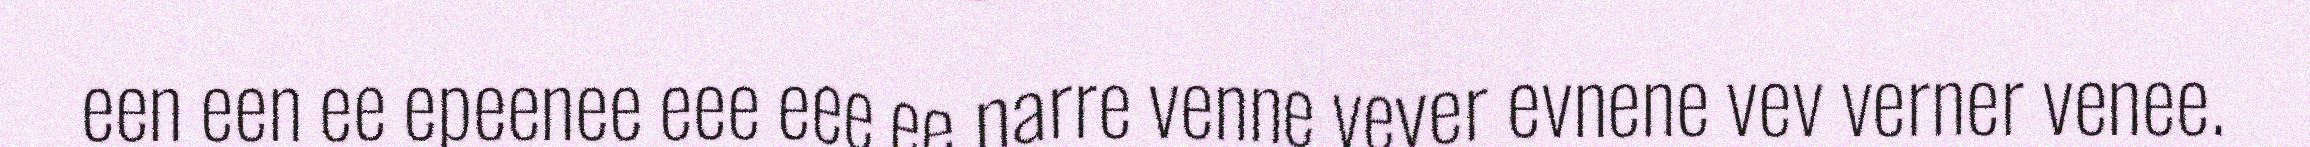
een een ee epeenee eee eee ee narre venne vever evnene vev verner venee.